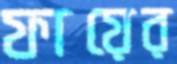
ফায়ের